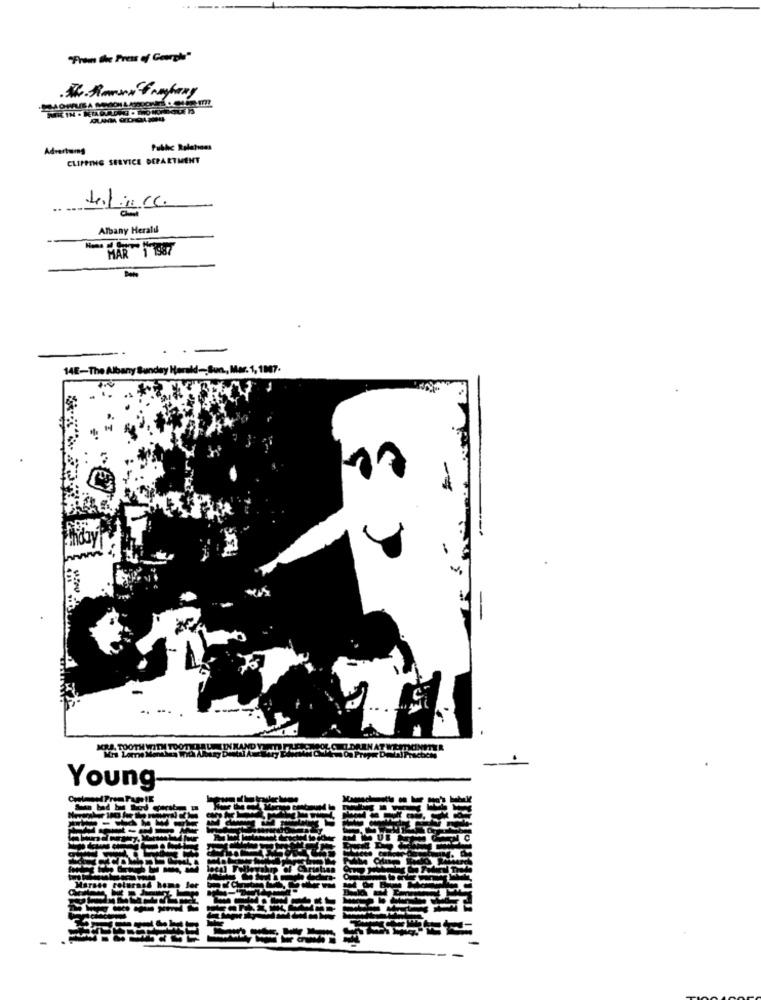
MOWFUE
Advertums
CLIPPING SERVICE DEPARTMENT
Albany Herald
MAR 1 1987
14E-The Albany Sunday Herald -, Sun, Mar. 1, 1107.
MES TOOTH WITH TOOT CHAUMIN KANDY
Young